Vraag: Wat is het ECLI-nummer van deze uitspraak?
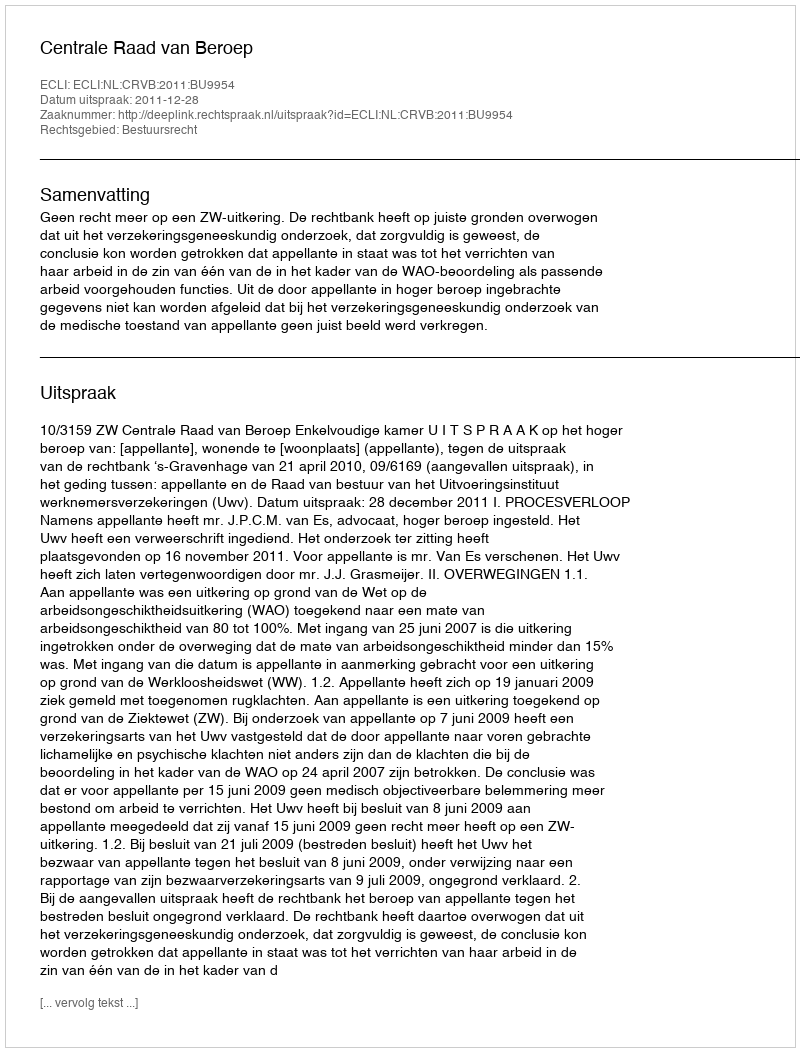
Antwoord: ECLI:NL:CRVB:2011:BU9954